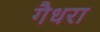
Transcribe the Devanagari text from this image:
गैधरा